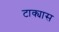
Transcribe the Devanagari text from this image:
टाक्यास